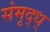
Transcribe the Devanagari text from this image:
संमृद्ध्